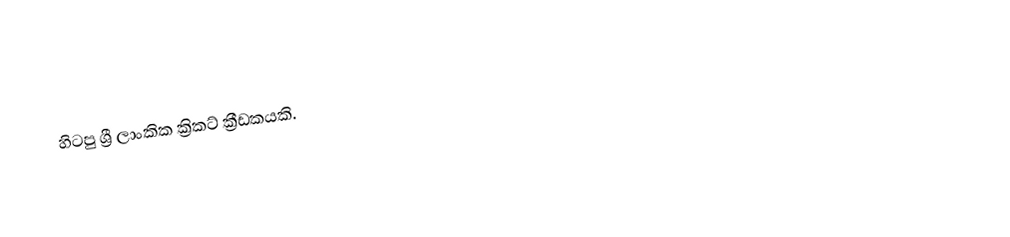
හිටපු ශ්‍රී ලාංකික ක්‍රිකට් ක්‍රීඩකයකි.